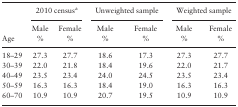
<table><thead><tr><td><b> </b></td><td colspan="2"><b>2010 census<sup>a</sup></b></td><td colspan="2"><b>Unweighted sample</b></td><td colspan="2"><b>Weighted sample</b></td></tr><tr><td><b> </b></td><td><b>Male</b></td><td><b>Female</b></td><td><b>Male</b></td><td><b>Female</b></td><td><b>Male</b></td><td><b>Female</b></td></tr><tr><td><b>Age</b></td><td><b>%</b></td><td><b>%</b></td><td><b>%</b></td><td><b>%</b></td><td><b>%</b></td><td><b>%</b></td></tr></thead><tbody><tr><td>18–29</td><td>27.3</td><td>27.7</td><td>18.6</td><td>17.3</td><td>27.3</td><td>27.7</td></tr><tr><td>30–39</td><td>22.0</td><td>21.8</td><td>18.4</td><td>19.6</td><td>22.0</td><td>21.7</td></tr><tr><td>40–49</td><td>23.5</td><td>23.4</td><td>24.0</td><td>24.5</td><td>23.5</td><td>23.4</td></tr><tr><td>50–59</td><td>16.3</td><td>16.3</td><td>18.4</td><td>19.0</td><td>16.3</td><td>16.3</td></tr><tr><td>60–70</td><td>10.9</td><td>10.9</td><td>20.7</td><td>19.5</td><td>10.9</td><td>10.9</td></tr></tbody></table>